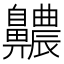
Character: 齈